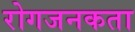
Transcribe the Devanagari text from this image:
रोगजनकता